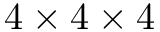
4 \times 4 \times 4